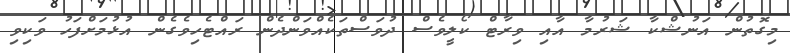
މިގޮތުން އަނުޝްކާ ޝަރުމާ އާއި ވިރާޓް ކޯލީވެސް ދުވަސްތަކެއްވަންދެން ރައްޓެހިވެގެން އުޅުމަށްފަހު ވަކިވި